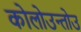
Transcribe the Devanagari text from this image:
कोलोउन्तोउ